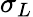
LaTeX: \sigma_{L}